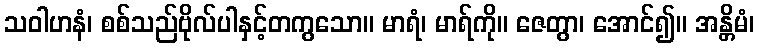
သဝါဟနံ၊ စစ်သည်ဗိုလ်ပါနှင့်တကွသော။ မာရံ၊ မာရ်ကို။ ဇေတွာ၊ အောင်၍။ အန္တိမံ၊